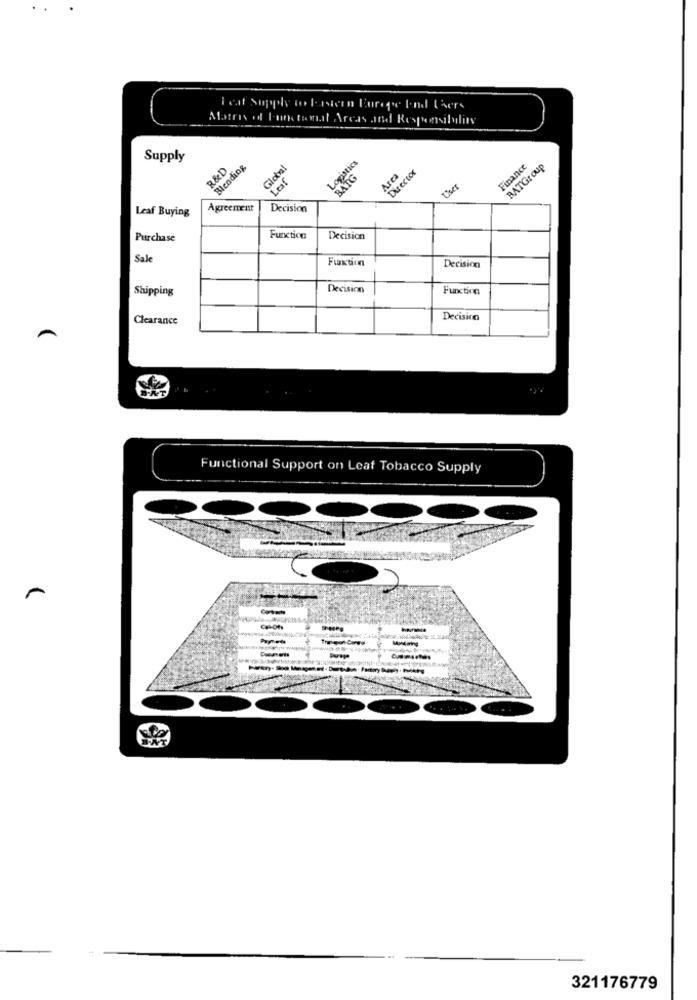
Teat Supply to lastern Europe End Users
Matris od F-urk tomat Areas and Responsibility
Supply
Blending
Logistics
Finance
BATGroup
R&D
Global
BATG
Area
Director
Leaf Buying
Agreement
Decision
Purchase
Function
Decision
Sale
Fuxtion
Decision
Shipping
Decision
Function
Clearance
Decision
Functional Support on Leaf Tobacco Supply
-
321176779